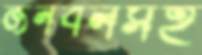
জনবলসহ